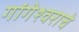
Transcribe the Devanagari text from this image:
गांगेश्वराचे